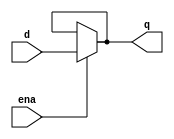
`timescale 1ns / 1ps

module d_latch(ena,d,q);
input ena,d;
output q;
    assign q=ena?d:q;
endmodule